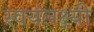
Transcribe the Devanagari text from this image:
स्वयंलक्ष्यी